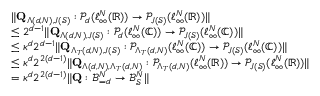
\begin{array} { r l } & { \| \mathbf { Q } _ { \Lambda ( d , N ) , J ( \mathcal { S } ) } : \mathcal { P } _ { d } ( \ell _ { \infty } ^ { N } ( \mathbb { R } ) ) \to \mathcal { P } _ { J ( \mathcal { S } ) } ( \ell _ { \infty } ^ { N } ( \mathbb { R } ) ) \| } \\ & { \leq 2 ^ { d - 1 } \| \mathbf { Q } _ { \Lambda ( d , N ) , J ( \mathcal { S } ) } : \mathcal { P } _ { d } ( \ell _ { \infty } ^ { N } ( \mathbb { C } ) ) \to \mathcal { P } _ { J ( \mathcal { S } ) } ( \ell _ { \infty } ^ { N } ( \mathbb { C } ) ) \| } \\ & { \leq \kappa ^ { d } 2 ^ { d - 1 } \| \mathbf { Q } _ { \Lambda _ { T } ( d , N ) , J ( \mathcal { S } ) } : \mathcal { P } _ { \Lambda _ { T } ( d , N ) } ( \ell _ { \infty } ^ { N } ( \mathbb { C } ) ) \to \mathcal { P } _ { J ( \mathcal { S } ) } ( \ell _ { \infty } ^ { N } ( \mathbb { C } ) ) \| } \\ & { \leq \kappa ^ { d } 2 ^ { 2 ( d - 1 ) } \| \mathbf { Q } _ { \Lambda ( d , N ) , \Lambda _ { T } ( d , N ) } : \mathcal { P } _ { \Lambda _ { T } ( d , N ) } ( \ell _ { \infty } ^ { N } ( \mathbb { R } ) ) \to \mathcal { P } _ { J ( \mathcal { S } ) } ( \ell _ { \infty } ^ { N } ( \mathbb { R } ) ) \| } \\ & { = \kappa ^ { d } 2 ^ { 2 ( d - 1 ) } \| \mathbf { Q } : \mathcal { B } _ { = d } ^ { N } \to \mathcal { B } _ { \mathcal { S } } ^ { N } \| } \end{array}